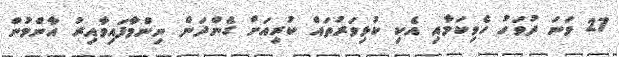
27 ވަނަ ދުވަހު ހެވިކަމާއި އެކި ކުޅިވަރުތައް ކުރިއަށް ގެންދަން ނިންމާފައިވާއިރު އާންމުން